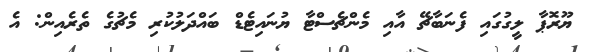
ޔޫރޮޕާ ލީގުގައި ފެނަބާޗޭ އާއި މެންޗެސްޓާ ޔުނައިޓެޑް ބައްދަލުކުރި މެޗުގެ ތެރެއިން: އެ